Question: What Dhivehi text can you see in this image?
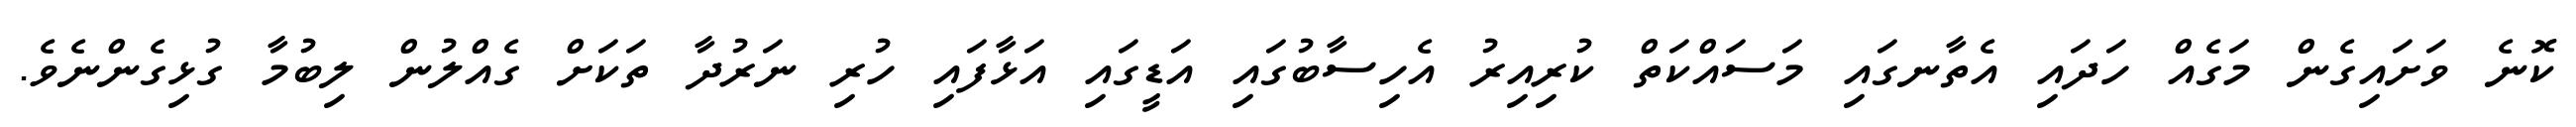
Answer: ކޮނެ ވަށައިގެން މަގެއް ހަދައި އެތާނގައި މަސައްކަތް ކުރިއިރު އެހިސާބުގައި އަޑީގައި އަޅާފައި ހުރި ނަރުދާ ތަކަށް ގެއްލުން ލިބުމާ ގުޅިގެންނެވެ.